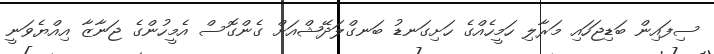
ސިފައިން ބަޑިޖަހައި މަރާލި ހަމީހެއްގެ ހަށިގަނޑު ބަނގްލަދޭޝްއަށް ގެންގޮސް އެމީހުންގެ ޖަނާޒާ އިއްޔެވަނީ